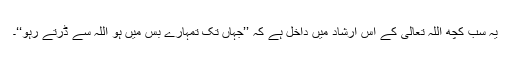
یہ سب کچھ اللہ تعالیٰ کے اس ارشاد میں داخل ہے کہ ’’جہاں تک تمہارے بس میں ہو اللہ سے ڈرتے رہو‘‘۔